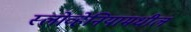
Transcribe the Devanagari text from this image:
स्लोव्हेनियामधील